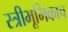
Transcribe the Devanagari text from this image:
स्त्रीभूमिकाच